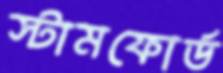
স্টামফোর্ড